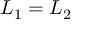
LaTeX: L _ { 1 } = L _ { 2 }